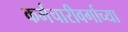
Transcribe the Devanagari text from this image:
कर्मचारीवर्गाच्या